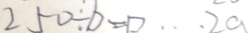
2 5 0 \div b = \square \cdots 2 a